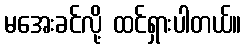
မအေးခင်လို့ ထင်ရှားပါတယ်။